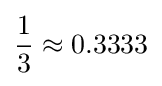
{\frac {1}{3}}\approx 0.3333